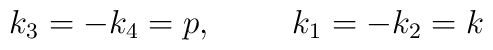
k_3=-k_4=p,\hspace{1.0cm} k_1=-k_2=k